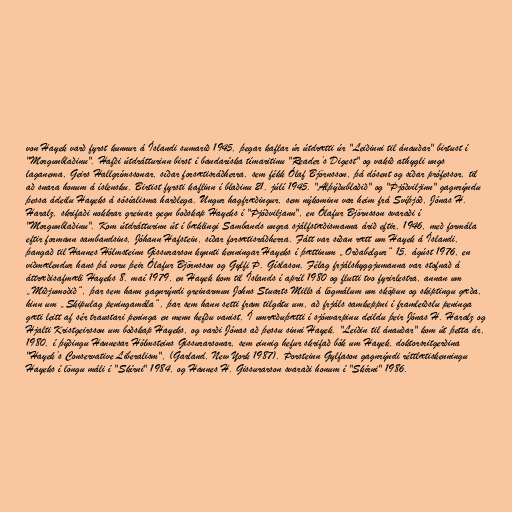
von Hayek varð fyrst kunnur á Íslandi sumarið 1945, þegar kaflar úr útdrætti úr "Leiðinni til ánauðar" birtust í
"Morgunblaðinu". Hafði útdrátturinn birst í bandaríska tímaritinu "Reader’s Digest" og vakið athygli ungs
laganema, Geirs Hallgrímssonar, síðar forsætisráðherra, sem fékk Ólaf Björnsson, þá dósent og síðar prófessor, til
að snara honum á íslensku. Birtist fyrsti kaflinn í blaðinu 21. júlí 1945. "Alþýðublaðið" og "Þjóðviljinn" gagnrýndu
þessa ádeilu Hayeks á sósíalisma harðlega. Ungur hagfræðingur, sem nýkominn var heim frá Svíþjóð, Jónas H.
Haralz, skrifaði nokkrar greinar gegn boðskap Hayeks í "Þjóðviljann", en Ólafur Björnsson svaraði í
"Morgunblaðinu". Kom útdrátturinn út í bæklingi Sambands ungra sjálfstæðismanna árið eftir, 1946, með formála
eftir formann sambandsins, Jóhann Hafstein, síðar forsætisráðherra. Fátt var síðan rætt um Hayek á Íslandi,
þangað til Hannes Hólmsteinn Gissurarson kynnti kenningar Hayeks í þættinum „Orðabelgur“ 15. ágúst 1976, en
viðmælendur hans þá voru þeir Ólafur Björnsson og Gylfi Þ. Gíslason. Félag frjálshyggjumanna var stofnað á
áttræðisafmæli Hayeks 8. maí 1979, en Hayek kom til Íslands í apríl 1980 og flutti tvo fyrirlestra, annan um
„Miðjumoðið“, þar sem hann gagnrýndi greinarmun Johns Stuarts Mills á lögmálum um sköpun og skiptingu gæða,
hinn um „Skipulag peningamála“, þar sem hann setti fram tilgátu um, að frjáls samkeppni í framleiðslu peninga
gæti leitt af sér traustari peninga en menn hefðu vanist. Í umræðuþætti í sjónvarpinu deildu þeir Jónas H. Haralz og
Hjalti Kristgeirsson um boðskap Hayeks, og varði Jónas að þessu sinni Hayek. "Leiðin til ánauðar" kom út þetta ár,
1980, í þýðingu Hannesar Hólmsteins Gissurarsonar, sem einnig hefur skrifað bók um Hayek, doktorsritgerðina
"Hayek’s Conservative Liberalism", (Garland, New York 1987). Þorsteinn Gylfason gagnrýndi réttlætiskenningu
Hayeks í löngu máli í "Skírni" 1984, og Hannes H. Gissurarson svaraði honum í "Skírni" 1986.